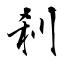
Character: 剎